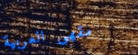
مقهى العربية